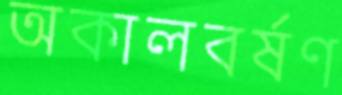
অকালবর্ষণ